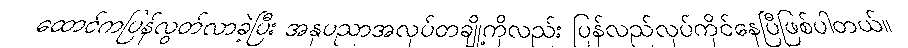
ထောင်ကပြန်လွတ်လာခဲ့ပြီး အနုပညာအလုပ်တချို့ကိုလည်း ပြန်လည်လုပ်ကိုင်နေပြီဖြစ်ပါတယ်။